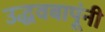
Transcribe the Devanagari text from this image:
उद्धवबापूंनी